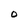
Character: O